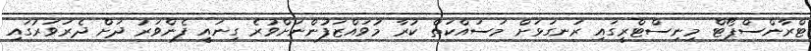
ޓްރާންސްޕޯޓް މިނިސްޓްރީގައި ރަނގަޅަށް މަސައްކަތް ކުރާ މުވައްޒަފުންނަށްވުރެ ގިނައީ ފެންވަރު ދަށް ދެރަވަރުގައި